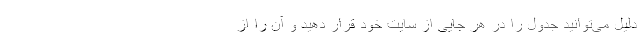
دلیل می‌توانید جدول را در هر جایی از سایت خود قرار دهید و آن را از